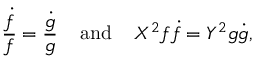
\frac { \dot { f } } { f } = \frac { \dot { g } } { g } \; \; \; \; { \mathrm { a n d } } \; \; \; \; X ^ { 2 } f \dot { f } = Y ^ { 2 } g \dot { g } ,